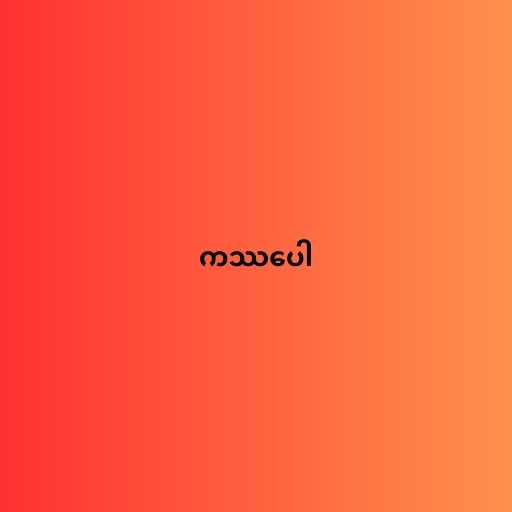
ကဿပေါ